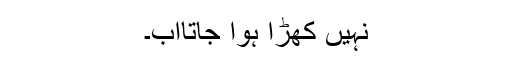
نہیں کھڑا ہوا جاتااب۔